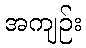
အကျဉ်း